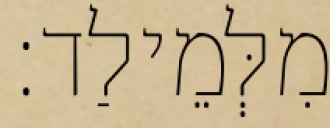
מִלְּמֵילַד׃